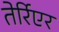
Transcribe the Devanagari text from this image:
तेर्रिएर